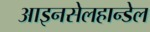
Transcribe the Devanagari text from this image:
आइनसेलहान्डेल